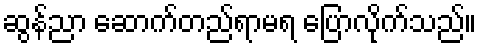
ဆွန်ညာ ဆောက်တည်ရာမရ ပြောလိုက်သည်။